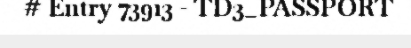
# Entry 73913 - TD3_PASSPORT